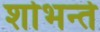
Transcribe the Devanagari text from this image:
शोभन्ते